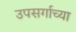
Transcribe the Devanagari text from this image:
उपसर्गाच्या